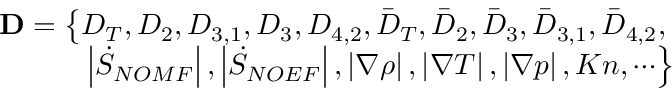
\begin{array} { r } { \mathbf { D } = \left\{ { D } _ { T } , { D } _ { 2 } , { D } _ { 3 , 1 } , { D } _ { 3 } , { D } _ { 4 , 2 } , { { \bar { D } } _ { T } } , { { \bar { D } } _ { 2 } } , { { \bar { D } } _ { 3 } } , { { \bar { D } } _ { 3 , 1 } } , { { \bar { D } } _ { 4 , 2 } } , \right. } \\ { \left. \left| { \dot { S } _ { N O M F } } \right| , \left| { \dot { S } _ { N O E F } } \right| , \left| { \nabla \rho } \right| , \left| \nabla T \right| , \left| \nabla p \right| , K n , \cdots \right\} } \end{array}